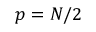
p = N / 2